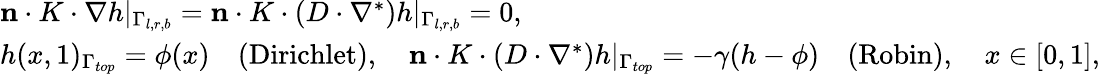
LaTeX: \begin{array}{r}{\begin{array}{l}{\mathbf{n}\cdot K\cdot\nabla h|_{\Gamma_{l,r,b}}=\mathbf{n}\cdot K\cdot(D\cdot\nabla^{*})h|_{\Gamma_{l,r,b}}=0,}\\ {h(x,1)_{\Gamma_{top}}=\phi(x)\quad\mathrm{(Dirichlet)},\quad\mathbf{n}\cdot K\cdot(D\cdot\nabla^{*})h|_{\Gamma_{top}}=-\gamma(h-\phi)\quad\mathrm{(Robin)},\quad x\in[0,1],}\end{array}}\end{array}